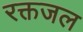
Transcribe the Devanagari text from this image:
रक्तजल